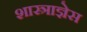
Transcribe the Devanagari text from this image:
शास्त्राज्ञेस